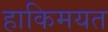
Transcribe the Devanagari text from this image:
हाकिमयत